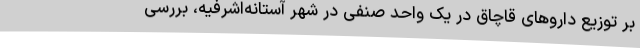
بر توزیع داروهای قاچاق در یک واحد صنفی در شهر آستانه‌اشرفیه، بررسی